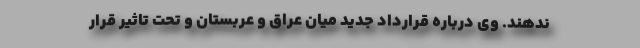
ندهند. وی درباره قرارداد جدید میان عراق و عربستان و تحت تاثیر قرار